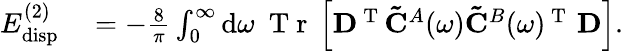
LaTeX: \begin{array}{rl}{E_{\mathrm{disp}}^{(2)}}&{{}=-\frac{8}{\pi}\int_{0}^{\infty}\mathrm{d}\omega\ \mathrm{~T~r~}\left[\mathbf{D}^{\mathrm{~T~}}\mathbf{\tilde{C}}^{A}(\omega)\mathbf{\tilde{C}}^{B}(\omega)^{\mathrm{~T~}}\, \mathbf{D}\right].}\end{array}